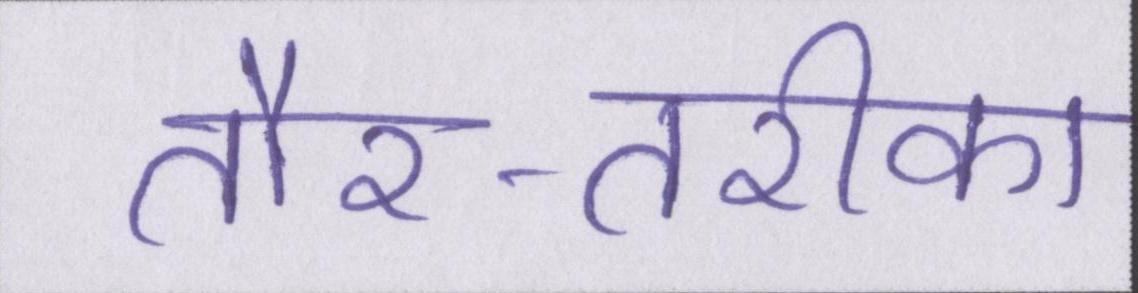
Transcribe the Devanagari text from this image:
तौर-तरीका